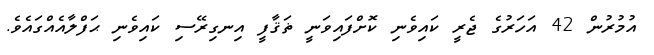
އުމުރުން 42 އަހަރުގެ ޖެރީ ކައިވެނި ކޮށްފައިވަނީ ޡަޤާފީ އިނގިރޭސި ކައިވެނި ޙަފްލާއެއްގައެވެ.